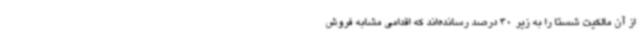
از آن مالکیت شستا را به زیر 30 درصد رسانده‌اند که اقدامی مشابه فروش